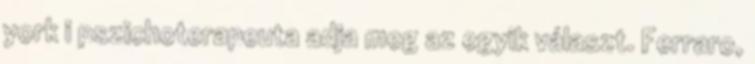
york i pszichoterapeuta adja meg az egyik választ. Ferraro,